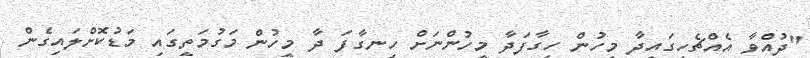
"ދުއްވާ އެއްޗެހީގައިދާ މީހުން ހިގާފަދާ މީހުންނަށް ހިނގާފަ ދާ މީހުން މަގުމަތީގައި މަޑުކޮށްލައިގެން